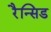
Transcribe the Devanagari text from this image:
रैन्सिड